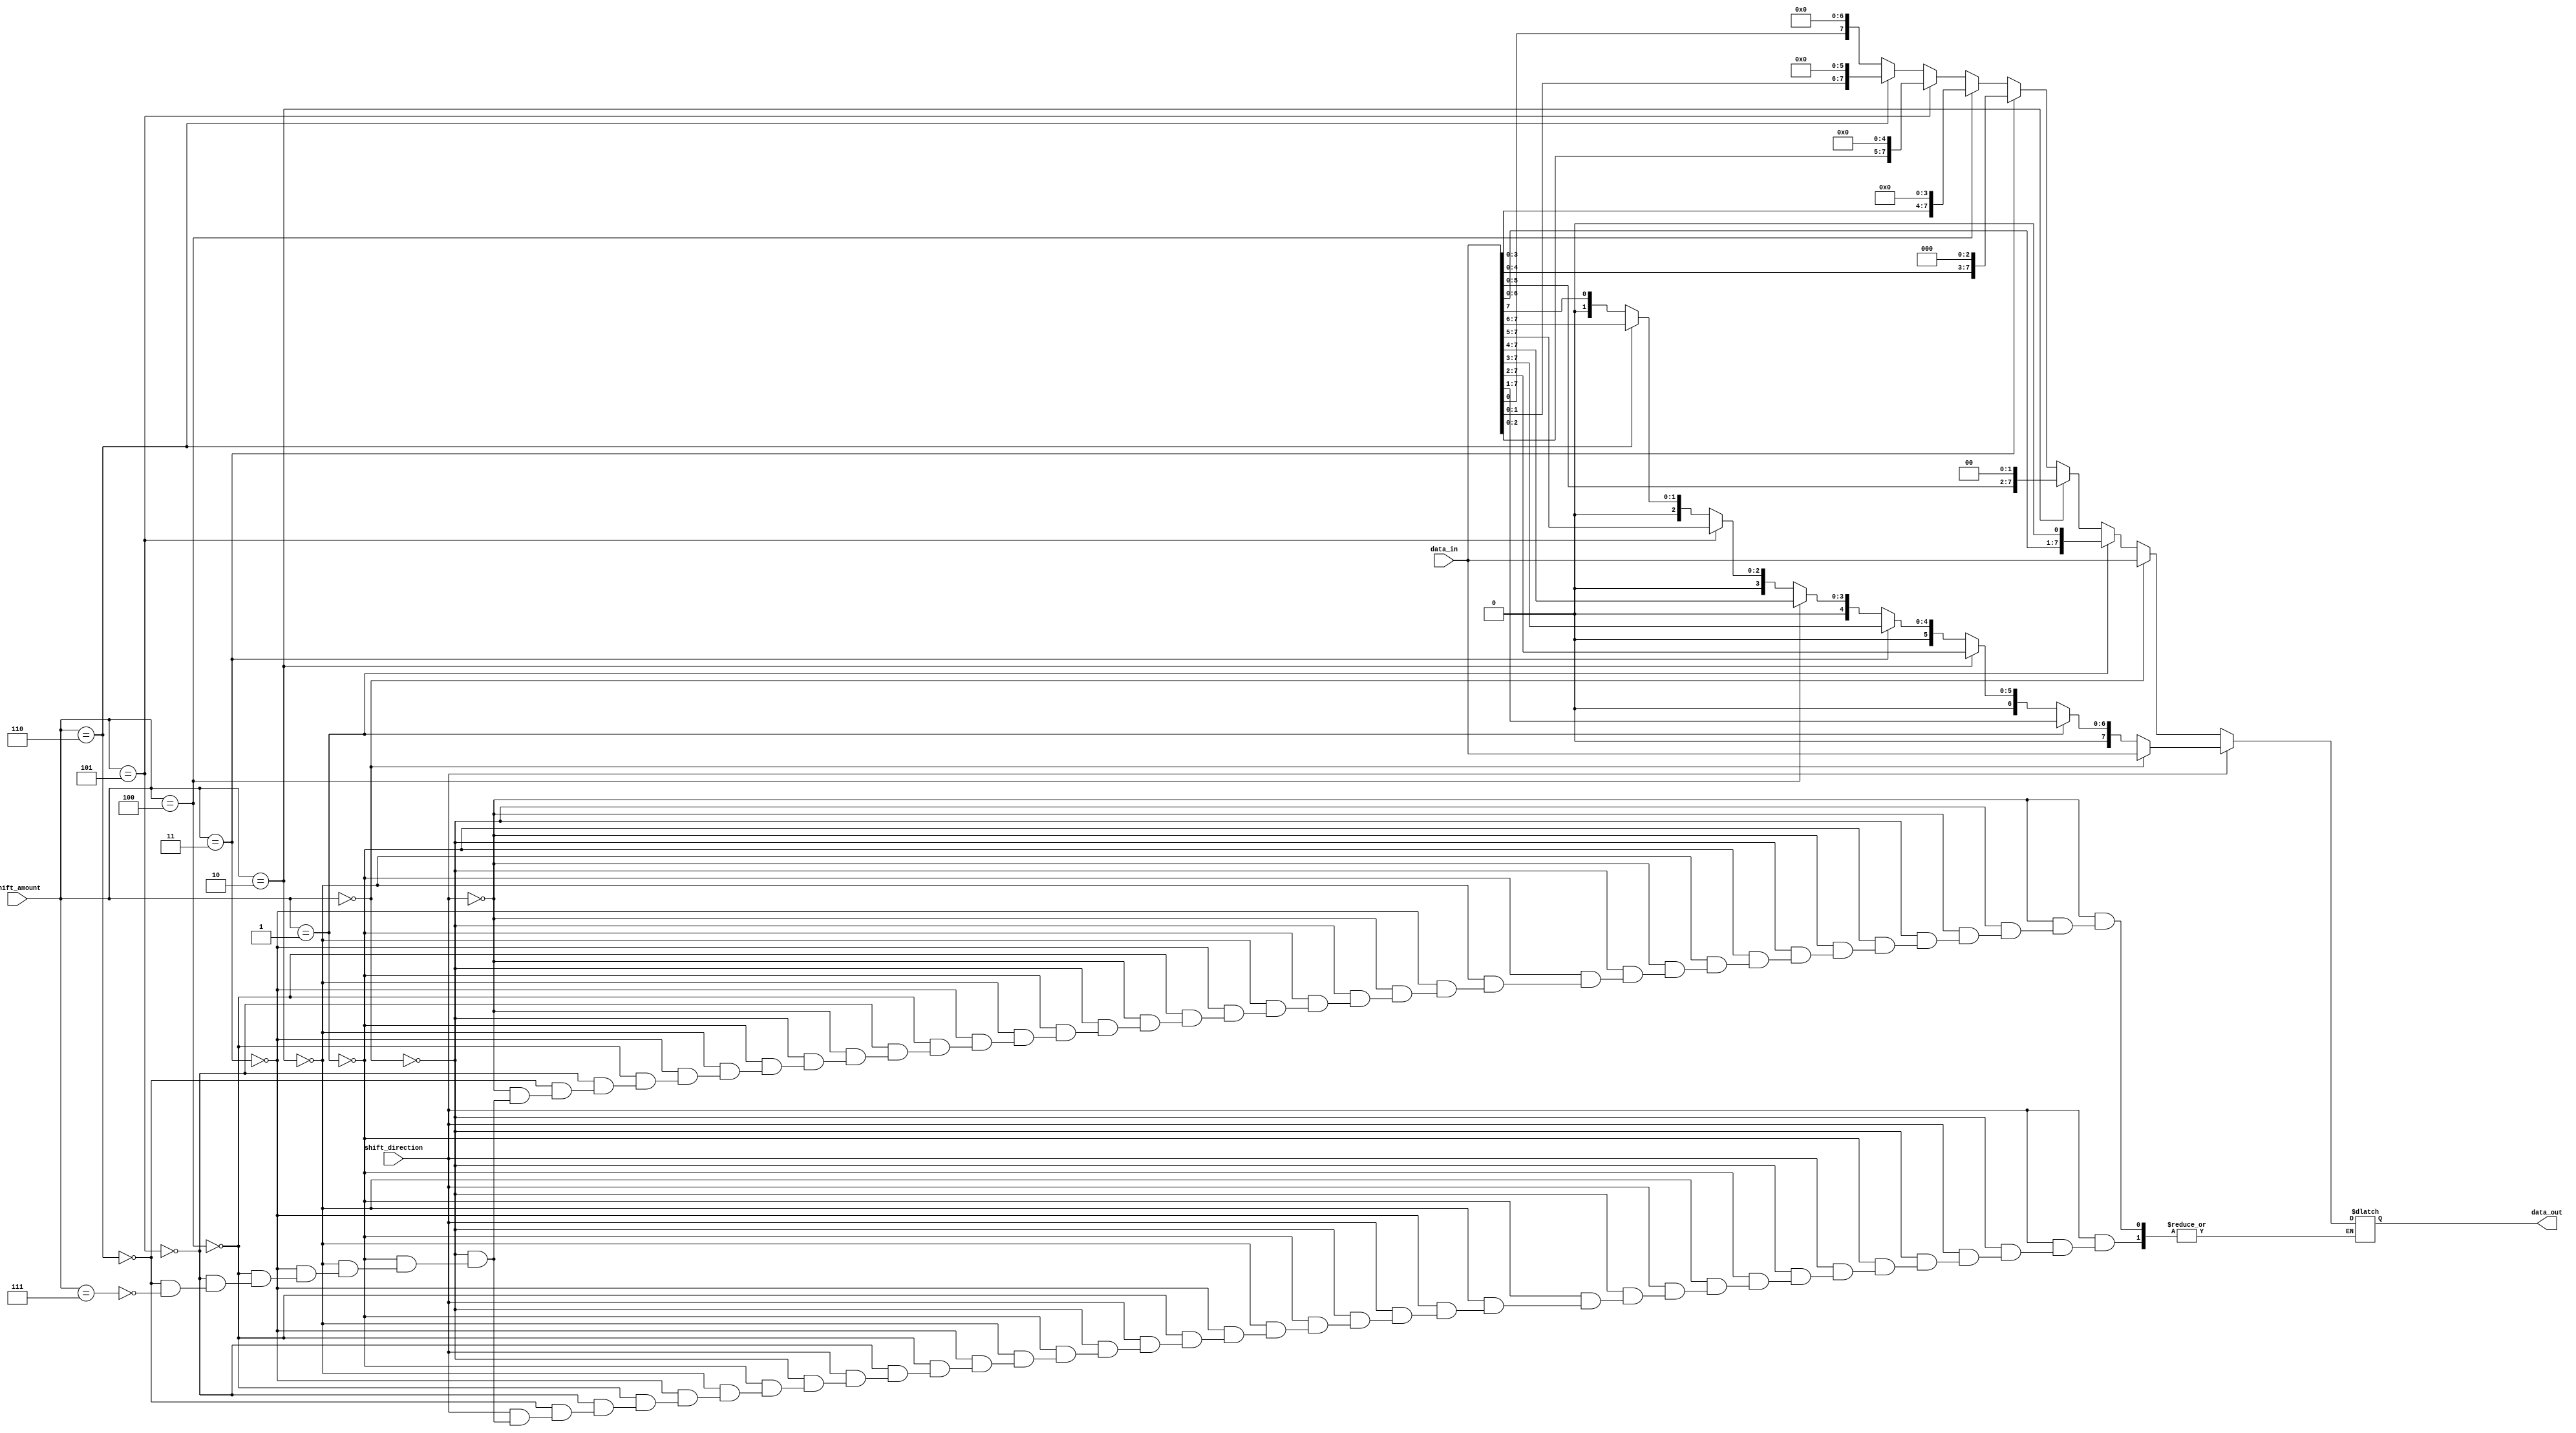
module barrel_shifter (
    input wire [7:0] data_in,
    input wire [2:0] shift_amount,
    input wire shift_direction,
    output reg [7:0] data_out
);

always @(*) begin
    if (shift_direction) begin // Right shift
        if (shift_amount == 3'b000) begin
            data_out = data_in;
        end else if (shift_amount == 3'b001) begin
            data_out = data_in >> 1;
        end else if (shift_amount == 3'b010) begin
            data_out = data_in >> 2;
        end else if (shift_amount == 3'b011) begin
            data_out = data_in >> 3;
        end else if (shift_amount == 3'b100) begin
            data_out = data_in >> 4;
        end else if (shift_amount == 3'b101) begin
            data_out = data_in >> 5;
        end else if (shift_amount == 3'b110) begin
            data_out = data_in >> 6;
        end else if (shift_amount == 3'b111) begin
            data_out = data_in >> 7;
        end
    end else begin // Left shift
        if (shift_amount == 3'b000) begin
            data_out = data_in;
        end else if (shift_amount == 3'b001) begin
            data_out = data_in << 1;
        end else if (shift_amount == 3'b010) begin
            data_out = data_in << 2;
        end else if (shift_amount == 3'b011) begin
            data_out = data_in << 3;
        end else if (shift_amount == 3'b100) begin
            data_out = data_in << 4;
        end else if (shift_amount == 3'b101) begin
            data_out = data_in << 5;
        end else if (shift_amount == 3'b110) begin
            data_out = data_in << 6;
        end else if (shift_amount == 3'b111) begin
            data_out = data_in << 7;
        end
    end
end

endmodule